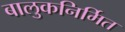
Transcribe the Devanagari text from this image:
बालुकनिर्मित